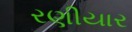
રણીયાર